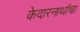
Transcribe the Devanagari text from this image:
केदारनाथांचा